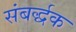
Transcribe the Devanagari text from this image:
संबर्द्धक